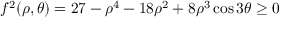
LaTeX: f ^ { 2 } ( \rho , \theta ) = 2 7 - \rho ^ { 4 } - 1 8 \rho ^ { 2 } + 8 \rho ^ { 3 } \cos 3 \theta \geq 0